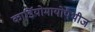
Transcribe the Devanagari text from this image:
कार्डियोमायोपैथीज